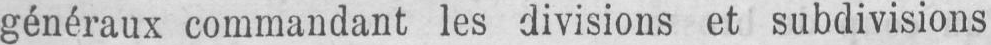
généraux commandant les divisions et subdivisions